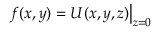
f ( x , y ) = U ( x , y , z ) { \big | } _ { z = 0 }